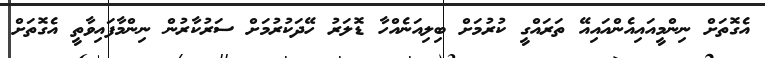
އެގޮތަށް ނިންމީއައިއެންއައިއޭ ތަަރައްގީ ކުރުމަށް ބިލިއަނެއްހާ ޑޮލަރު ހޭދަކުރުމަށް ސަރުކާރުން ނިންމާފައިވާތީ އެގޮތަށް